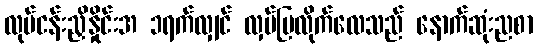
လုပ်ငန်းညှိနှိုင်းအ ၁ရက်လျှင် လှပ်ပြလိုက်လေသည် နောက်ဆုံးညစာ